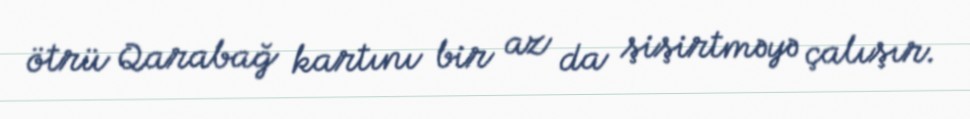
ötrü Qarabağ kartını bir az da şişirtməyə çalışır.